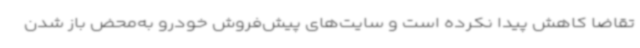
تقاضا کاهش پیدا نکرده است و سایت‌های پیش‌فروش خودرو به‌محض باز شدن